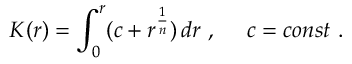
K ( r ) = \int _ { 0 } ^ { r } ( c + r ^ { \frac { 1 } { n } } ) \, d r \ , \ \ \ \ c = c o n s t \ .